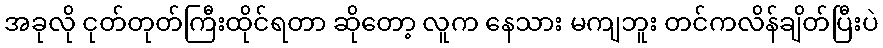
အခုလို ငုတ်တုတ်ကြီးထိုင်ရတာ ဆိုတော့ လူက နေသား မကျဘူး တင်ကလိန်ချိတ်ပြီးပဲ